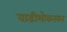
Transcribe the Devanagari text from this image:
वाडीभोकरकर